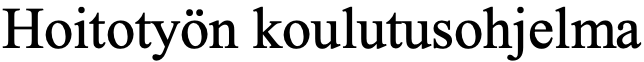
Hoitotyön koulutusohjelma